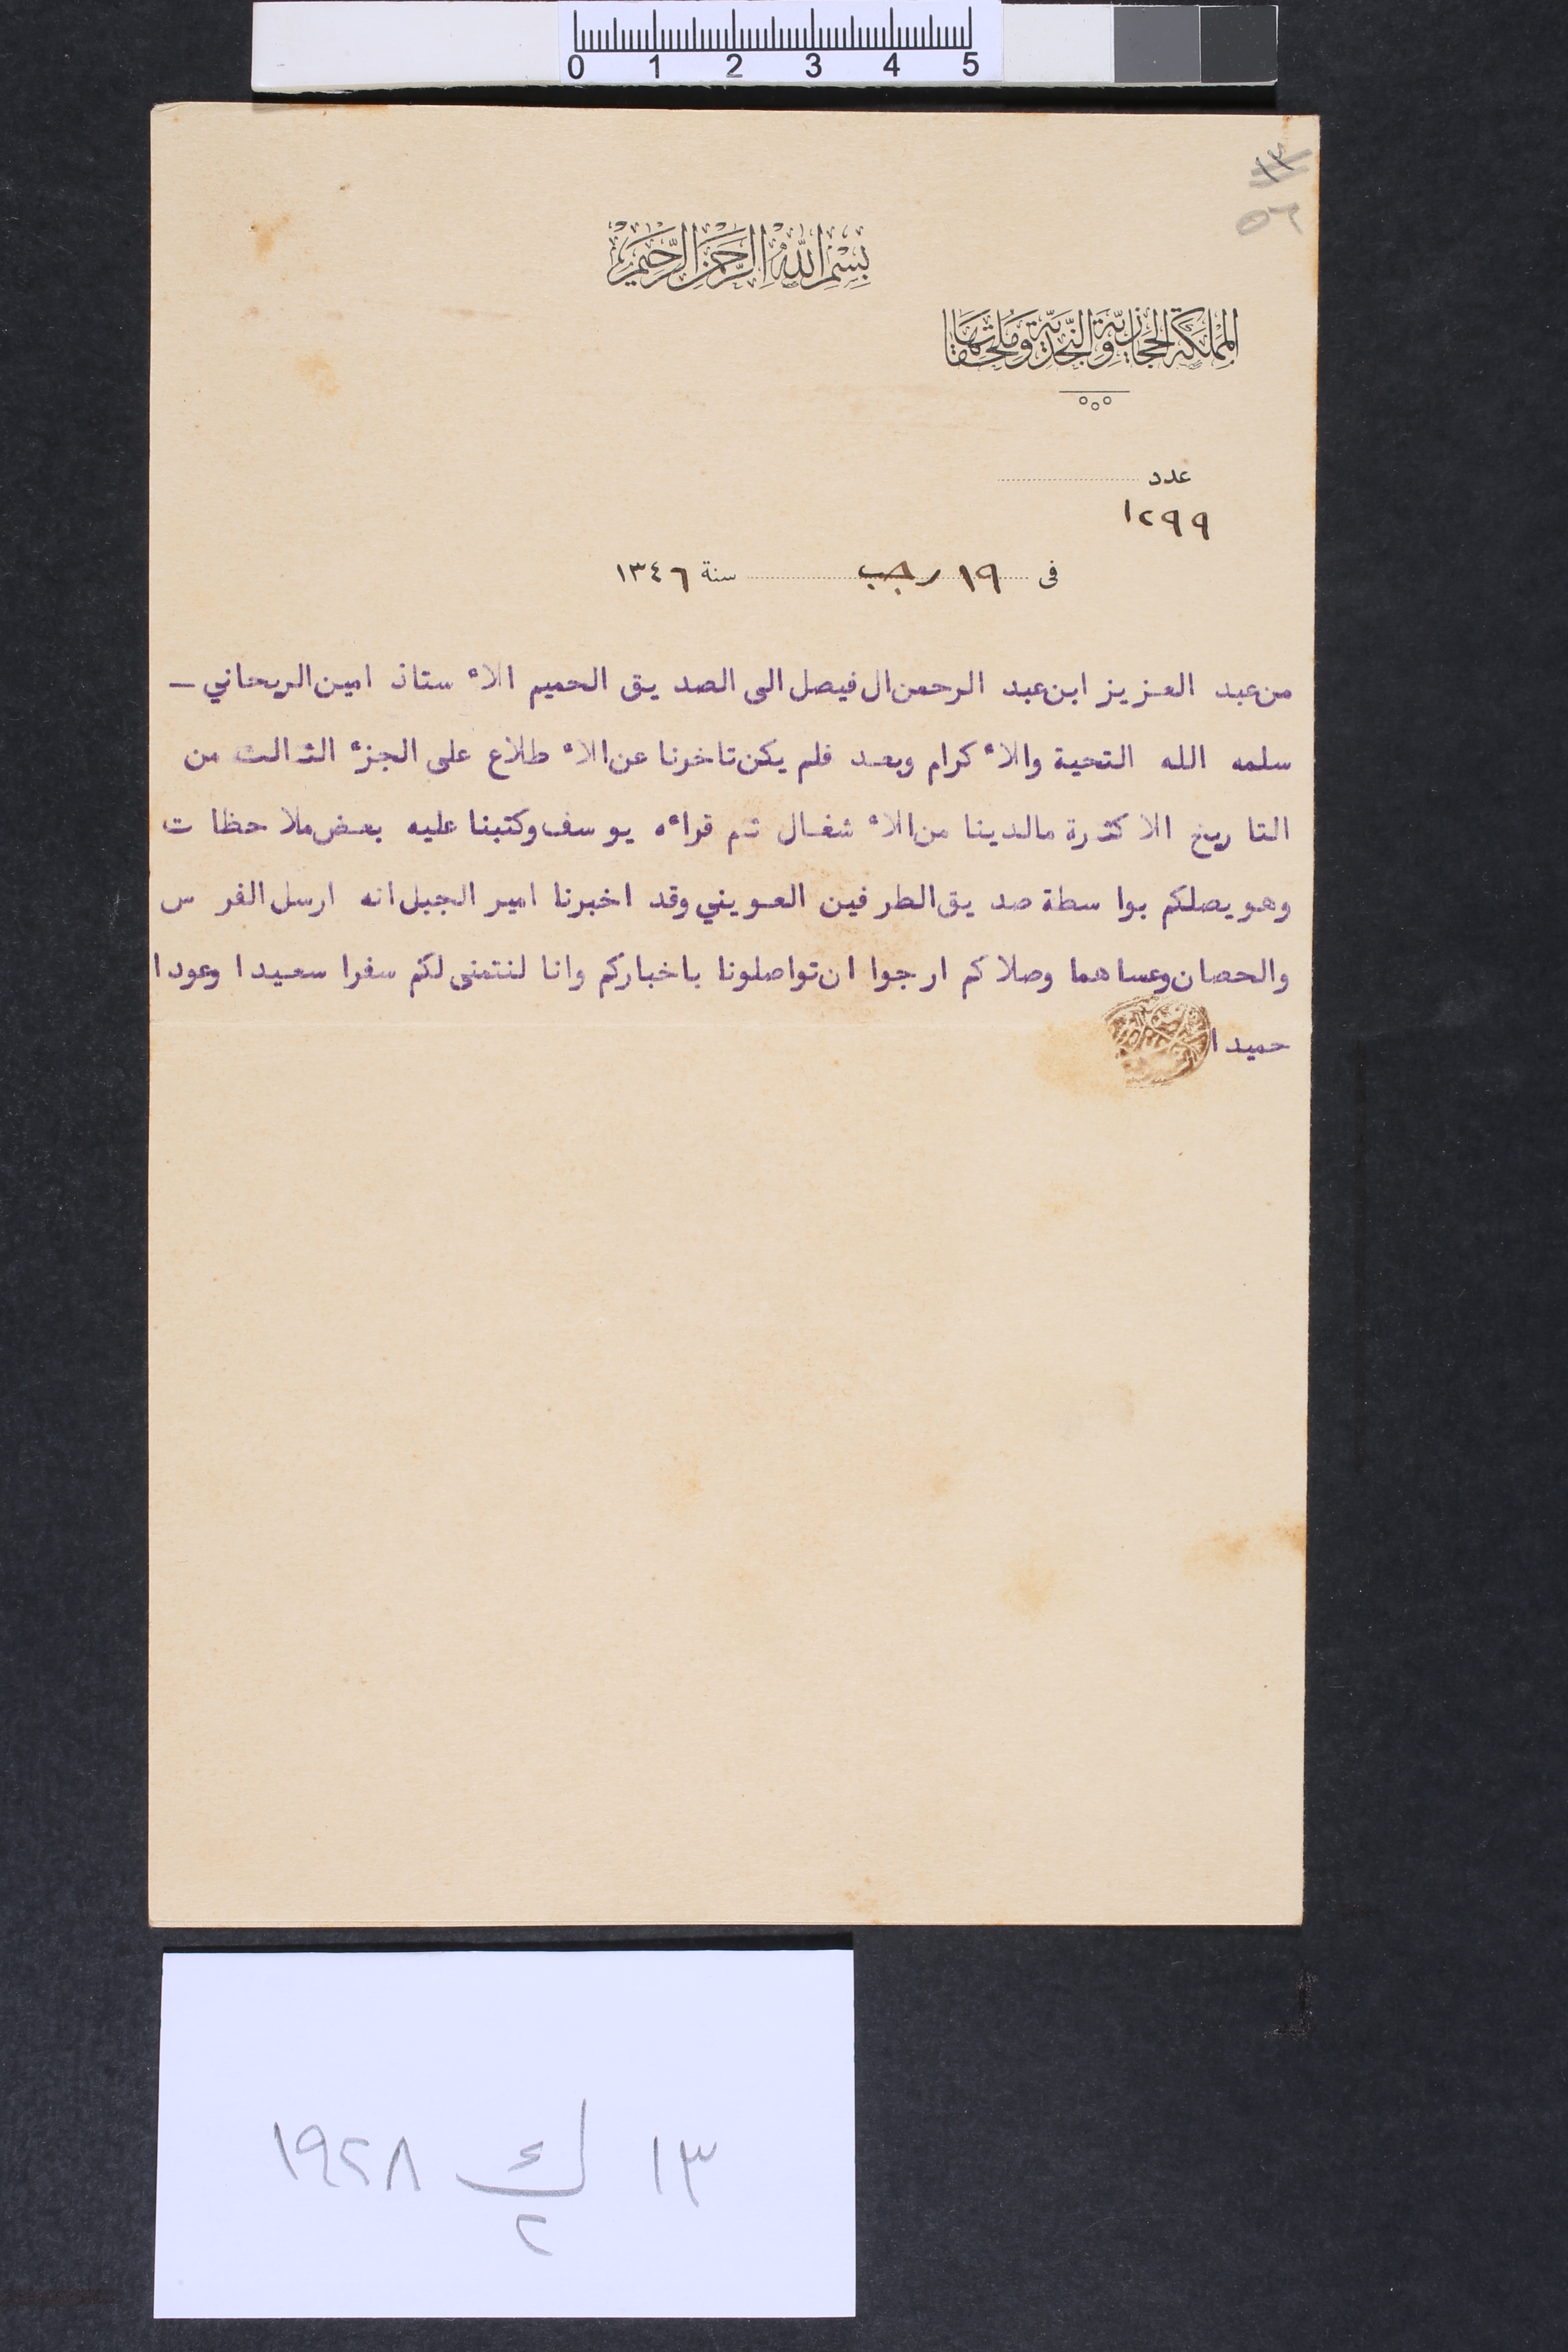
٥٦		بسمِ الله الرحمن الرحيم
المملكة الحجازية والنجدية وملحقاتها
عدد ١٢٩٩					فى ١٩ رجب			سنة ١٣٤٦
من عبد العزيز ابن عبد الرحمن ال فيصل الى الصديق الحميم الأستاذ امين الريحاني -
سلمه الله التحية والأكرام وبعد فلم يكن تاخرنا عن الأطلاع على الجزء الثالث من
التاريخ الا كثرة ما لدينا من الأشغال ثم قرأه يوسف وكتبنا عليه بعض ملاحظات
وهو يصلكم بواسطة صديق الطرفين العويني وقد اخبرنا امير الجبل انه ارسل الفرس
والحصان وعساهما وصلاكم ارجوا ان تواصلونا باخباركم وانا لنتمنى لكم سفرا سعيدا وعودا
حميدا.
١٣ ك٢ ١٩٢٨